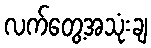
လက်တွေ့အသုံးချ